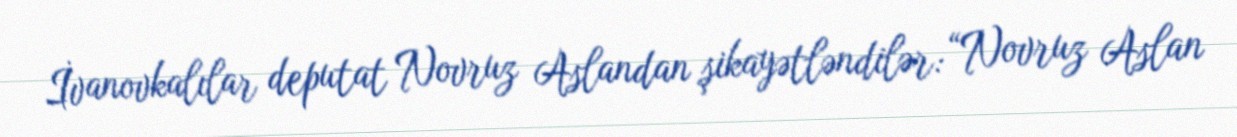
İvanovkalılar deputat Novruz Aslandan şikayətləndilər: “Novruz Aslan